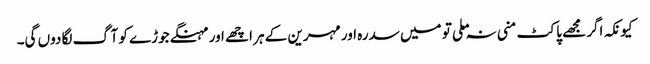
کیونکہ اگر مجھے پاکٹ منی نہ ملی تو میں سدرہ اور مہرین کے ہر اچھے اور مہنگے جوڑے کو آگ لگا دوں گی۔